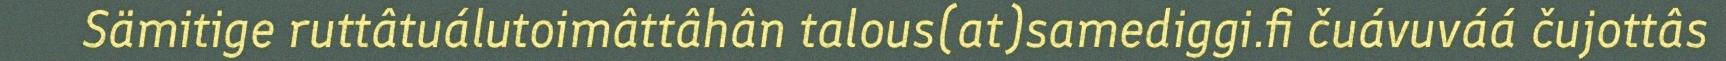
Sämitige ruttâtuálutoimâttâhân talous(at)samediggi.fi čuávuváá čujottâs